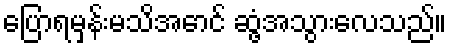
ပြောရမှန်းမသိအောင် ဆွံ့အသွားလေသည်။